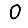
Digit: 0